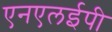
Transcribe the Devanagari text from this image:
एनएलईपी